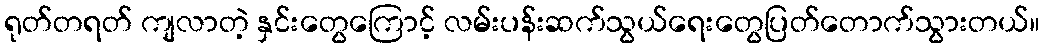
ရုတ်တရတ် ကျလာတဲ့ နှင်းတွေကြောင့် လမ်းပန်းဆက်သွယ်ရေးတွေပြတ်တောက်သွားတယ်။